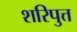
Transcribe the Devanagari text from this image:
शरिपुत्त